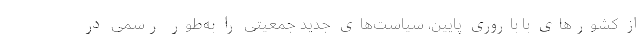
از کشورهای با باروری پایین، سیاست‌های جدید جمعیتی را به‌طور رسمی در